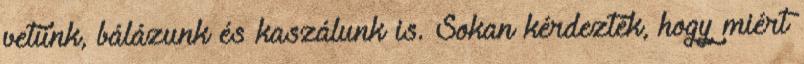
vetünk, bálázunk és kaszálunk is. Sokan kérdezték, hogy miért